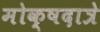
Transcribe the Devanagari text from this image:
मोक्षदात्रे